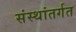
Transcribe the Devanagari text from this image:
संस्थांतर्गत